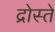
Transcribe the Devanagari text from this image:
द्रोस्ते